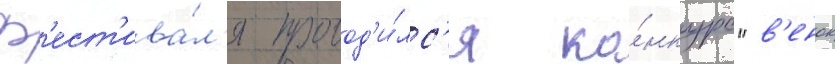
ф'ест'ива́л'я провод'и́лс'я ко́нкурс "в'енок